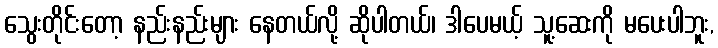
သွေးတိုင်းတော့ နည်းနည်းများ နေတယ်လို့ ဆိုပါတယ်၊ ဒါပေမယ့် သူ့ဆေးကို မပေးပါဘူး,